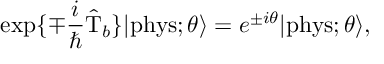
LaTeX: \exp \{ \mp \frac { i } { \hbar } \hat { \mathrm { T } } _ { b } \} | \mathrm { p h y s } ; \theta \rangle = e ^ { \pm i \theta } | \mathrm { p h y s } ; \theta \rangle ,